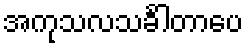
အကုသလသင်္ခါတာပေ